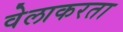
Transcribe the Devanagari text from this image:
वेलाकरता